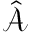
\hat { \mathcal { A } }